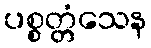
ပစ္စတ္တံသေန